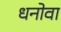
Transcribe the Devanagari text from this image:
धनोवा